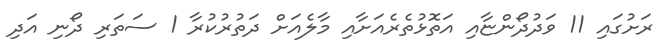
ރަށުގައި 11 ވަދުދޯންޏާއި އަތޮޅުތެރެއަށާއި މާލެއަށް ދަތުރުކުރާ 1 ސަތަރި ދޯނި އަދި